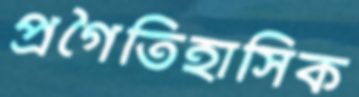
প্রগৈতিহাসিক